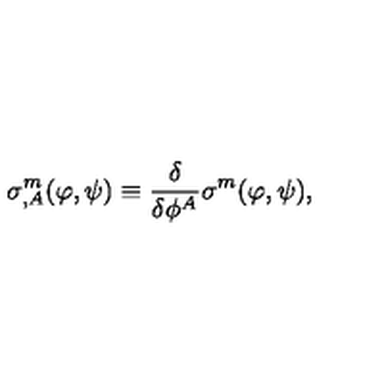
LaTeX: \sigma _ { , A } ^ { m } ( \varphi , \psi ) \equiv \frac { \delta } { \delta \phi ^ { A } } \sigma ^ { m } ( \varphi , \psi ) ,